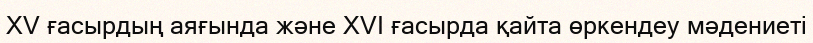
XV ғасырдың аяғында және XVI ғасырда қайта өркендеу мәдениеті